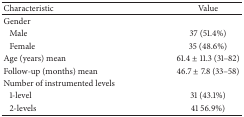
| Characteristic | Value |
 | --- | --- |
 | Gender |  |
 | Male | 37 (51.4%) |
 | Female | 35 (48.6%) |
 | Age (years) mean | 61.4 ± 11.3 (31–82) |
 | Follow-up (months) mean | 46.7 ± 7.8 (33–58) |
 | Number of instrumented levels |  |
 | 1-level | 31 (43.1%) |
 | 2-levels | 41 56.9%) |